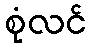
စုံလင်